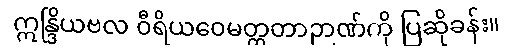
ဣန္ဒြိယဗလ ဝီရိယဝေမတ္တတာဉာဏ်ကို ပြဆိုခန်း။